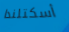
أسكتلندا